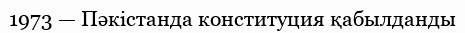
1973 — Пәкістанда конституция қабылданды